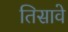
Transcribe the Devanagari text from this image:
तिसावे